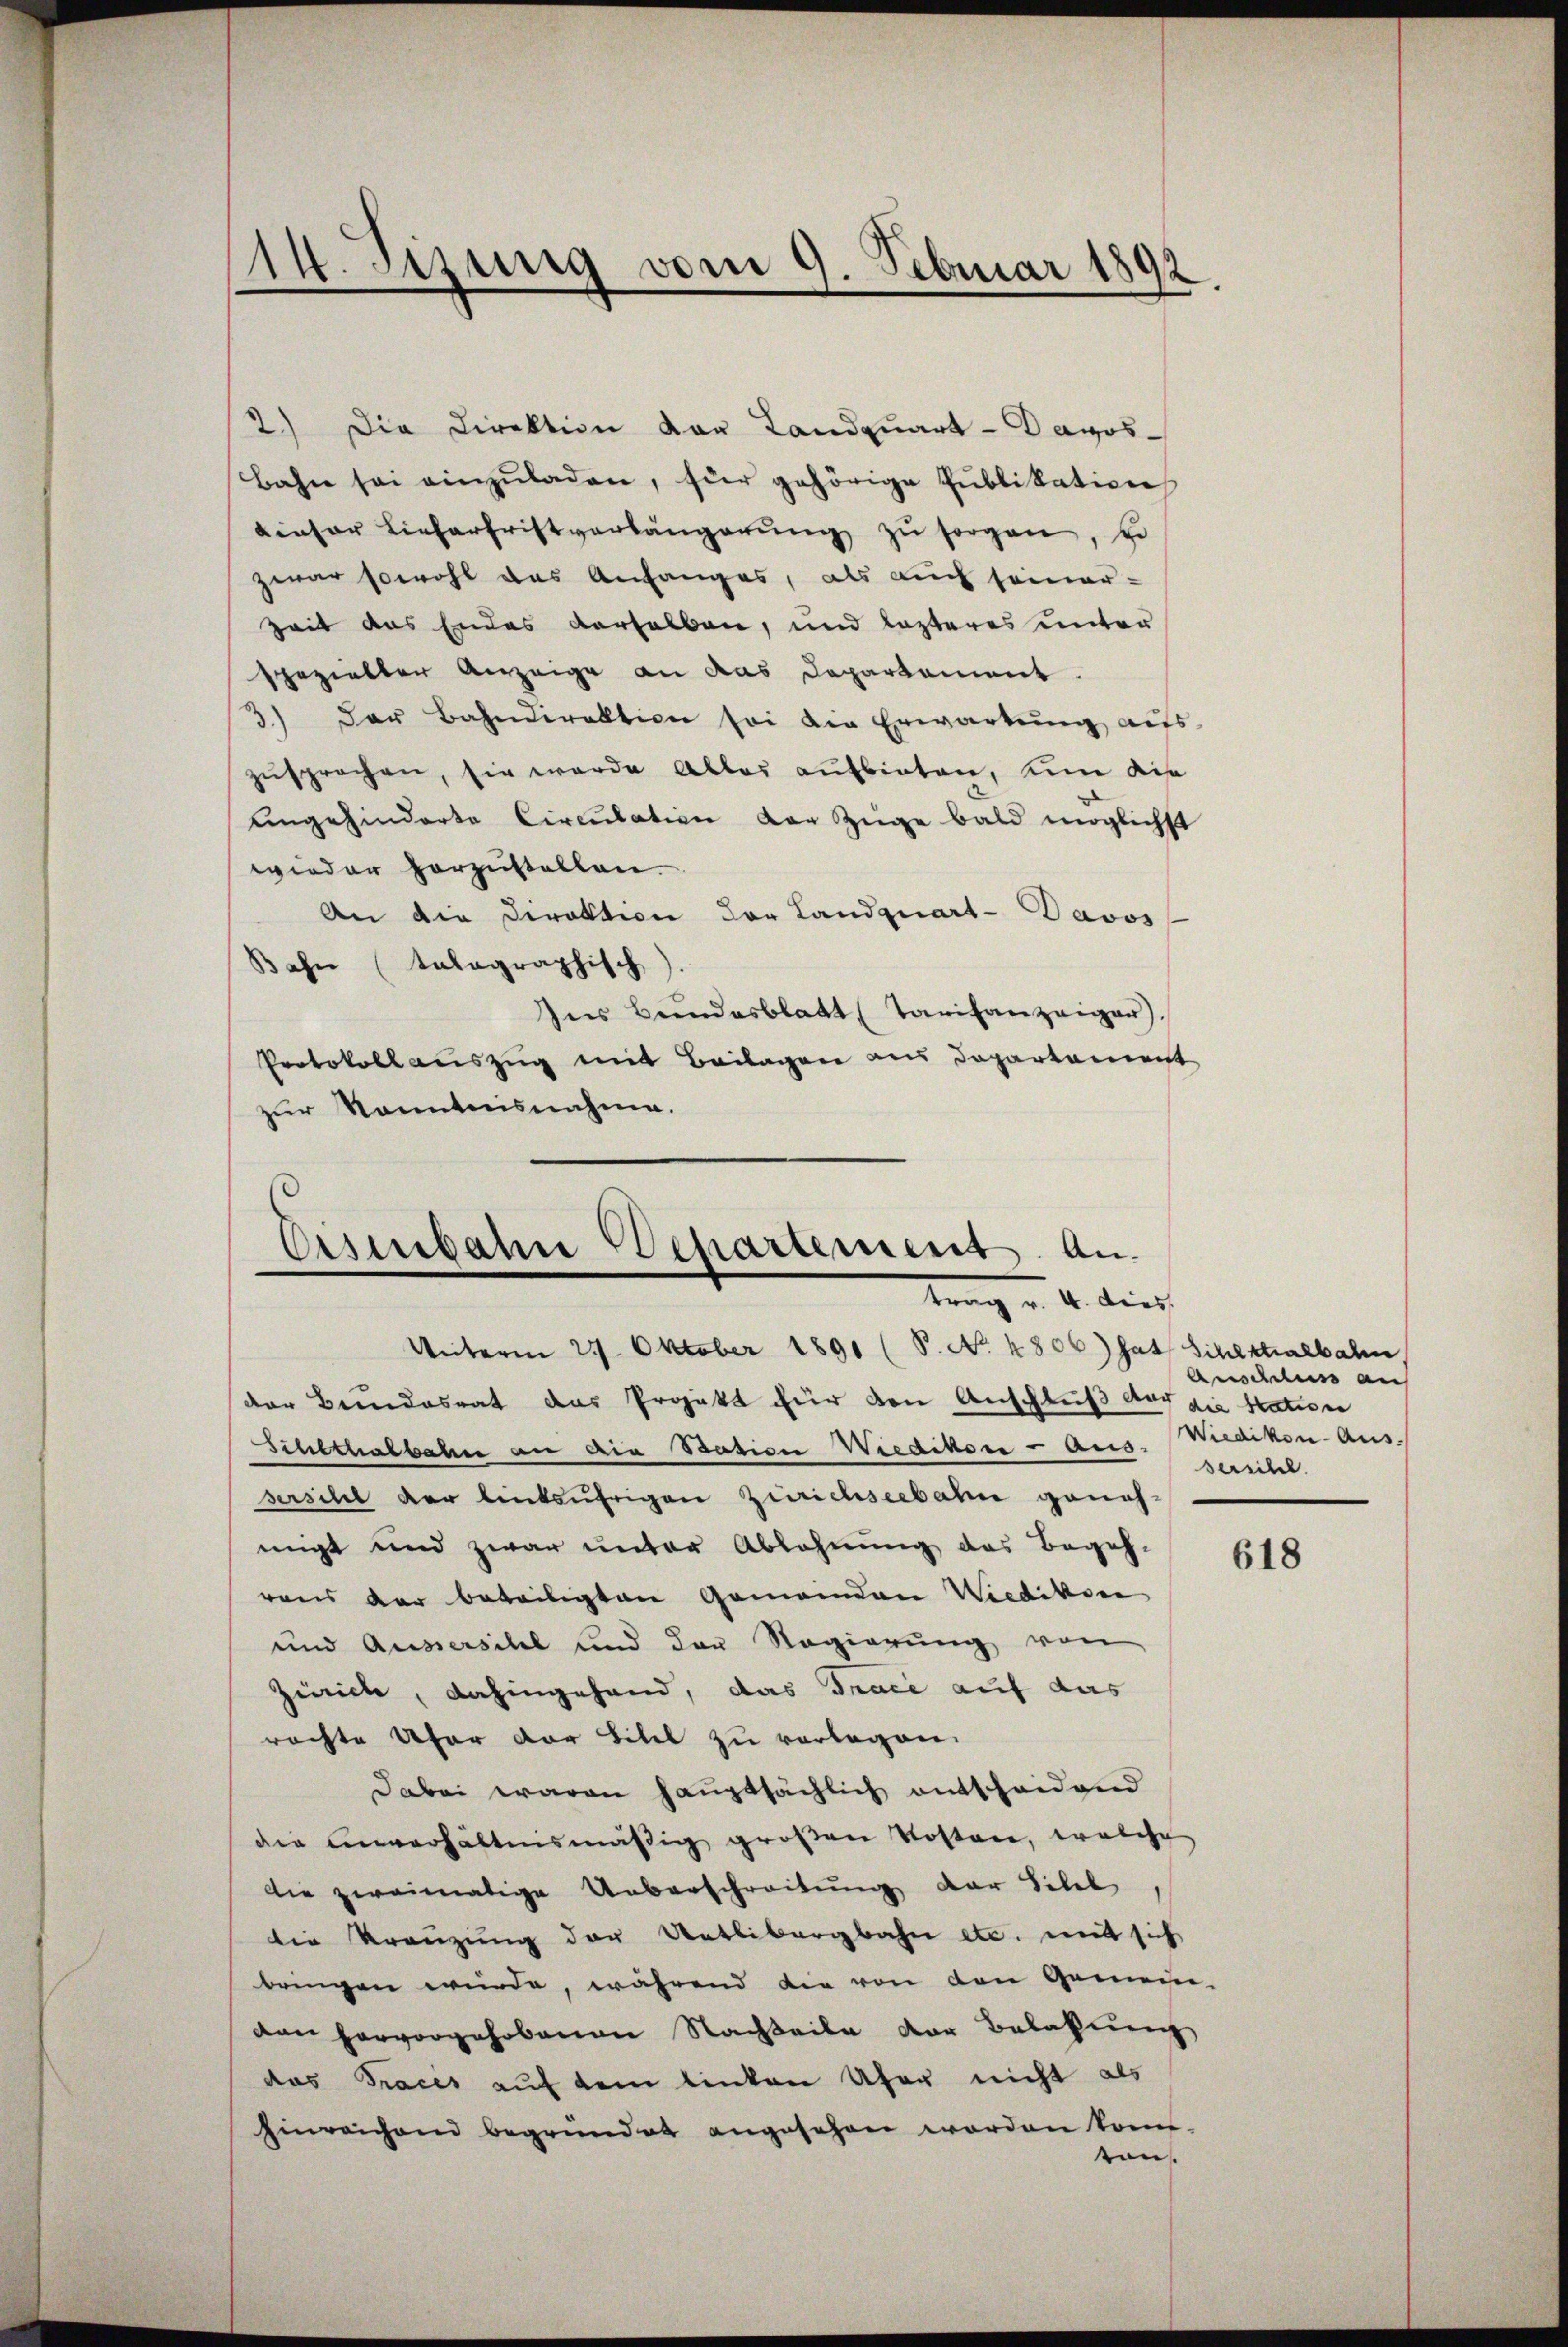
114. Sizung vom 9. Februar 1892.

s
2.) Die Direktion der Landquart-Davos-
Bahn sei einzŭladen, für gehörige Publikation
dieser Lieferfristverlängerŭng zŭ sorgen, so
zwar sowohl das Anfanges, als auch seiner-
Zeit das Endes derselben, und lezteres unter
gezielter Anzeige an das Departement.
3.) Der Bahndirektion sei die Erwartŭng aŭs-
zusprechen, sie wurde Ables aufbieten, um die
Ungehinderte Circulation der Züge bald möglichst
wieder vorzustellen.
An die Direktion der Landquart-Davos
Bahn (talographisch).
Ins Bundesblatt (Tarifanzeiger),
Protokollauszug mit Beilagen aus Departament
zur Kenntnisnahme.

Cisenbahre Departement an.
trag v. 4. dies

Unterm 27. Oktober 1891 (S. No. 4806) hat Schestalbahn
der Beendesrat das Projekt für den Anschluß auf die Station
Schlthalbahn an die Station Wiedikon - Aus. Wiedikon-Aussersihl der Antsufrigen Zürichseebahn genehmigt und zwar unter Ablehnung das Begeh-
raus der beteiligten Gemeinden Wiedikon
und Aussersihl und der Regierŭng von
Zürich, dahingehand, das Trace auf das
rachte Ufer der Titel zu verlegen.
Dabei waren hauptsächlich entscheidend
die unverhältnismäßig großen Kosten, welche
Die zweimatige Ueberschreitŭng der Titel
die Kreuzung der Uetlibergbahn etc. mit sich
bringen würde, während die von den Gemein-
dan hervorgehobenen Nachteile der Belassung
das Traces auf dem linken Ufer nicht als
hinreichend begründet angesehen worden kann.
ton.

Anschluss auf
sersihl.

618